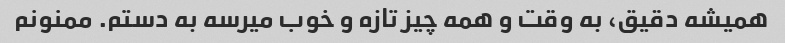
همیشه دقیق، به وقت و همه چیز تازه و خوب میرسه به دستم. ممنونم